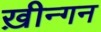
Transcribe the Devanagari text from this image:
ख़ीन्गन